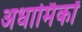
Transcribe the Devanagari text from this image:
अधार्मिकों